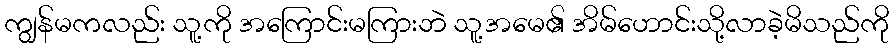
ကျွန်မကလည်း သူ့ကို အကြောင်းမကြားဘဲ သူ့အမေ၏ အိမ်ဟောင်းသို့လာခဲ့မိသည်ကို